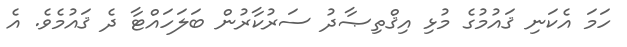
ހަމަ އެކަނި ޤައުމުގެ މުޅި އިޤްތިޞާދު ސަރުކާރުން ބަލަހައްޓާ ދެ ޤައުމެވެ. އެ